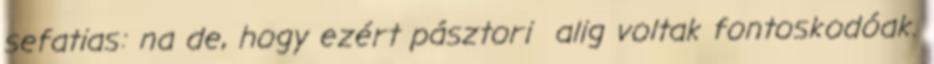
sefatias: na de, hogy ezért pásztori alig voltak fontoskodóak.